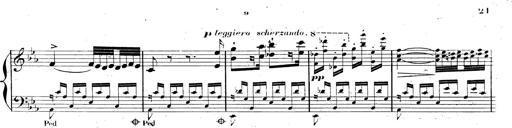
Title: AnnÃ©es de pÃ¨lerinage II, SupplÃ©ment
Composer: Franz Liszt